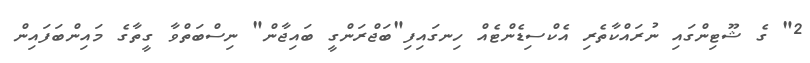
2" ގެ ޝޫޓިންގައި ނުރައްކާތެރި އެކްސިޑެންޓެއް ހިނގައިފި"ބަޖްރަންގީ ބައިޖާން" ނިސްބަތްވާ ގީތާގެ މައިންބަފައިން